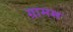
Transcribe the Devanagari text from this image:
ग्रामम